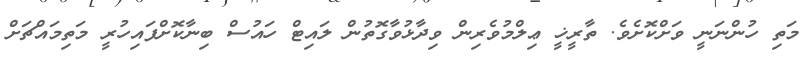
މަތި ހުންނަނީ ވަށްކޮށެވެ. ތާރީޚީ ޢިލްމުވެރިން ވިދާޅުވާގޮތުން ލައިޓް ހައުސް ބިނާކޮށްފައިހުރީ މަތިމައްޗަށް